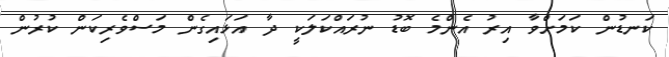
ކަނޑުން ކަމަށްވާ އިރު އެންމެ ބޮޑު ނުރައްކަލަކީ ދާ އަޅައިގެން މަސްވެރިކަން ކުރުން